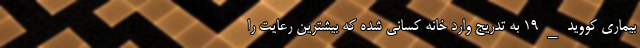
بیماری کووید_۱۹ به تدریج وارد خانه کسانی شده که بیشترین رعایت را